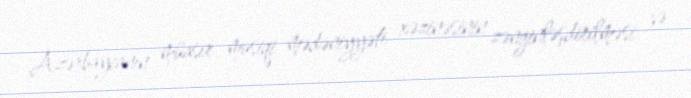
Azərbaycanın müasir musiqi mədəniyyəti xəzinəsinin zənginləşdirilməsi və